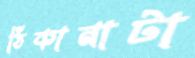
ঠিকানাটা